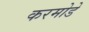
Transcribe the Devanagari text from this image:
करमोडे